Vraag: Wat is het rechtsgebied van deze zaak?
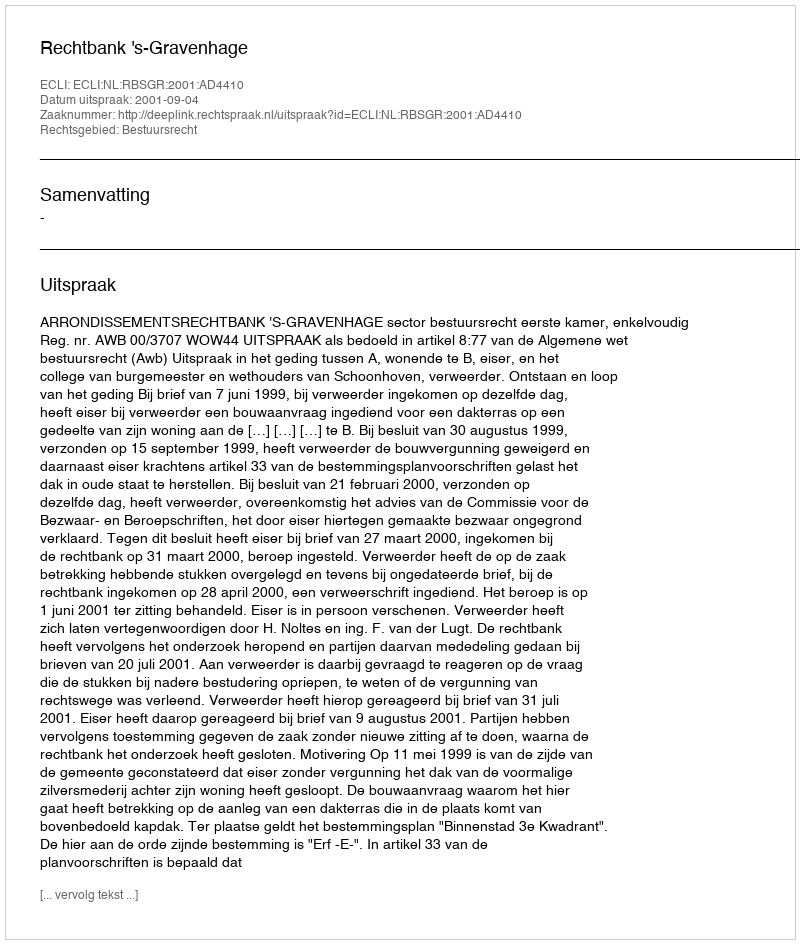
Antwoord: Bestuursrecht